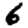
Digit: 6